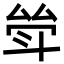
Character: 斚